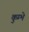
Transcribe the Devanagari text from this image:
कुम्भे